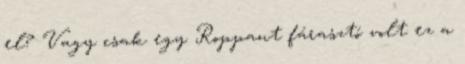
el? Vagy csak egy Roppant fárasztó volt ez a